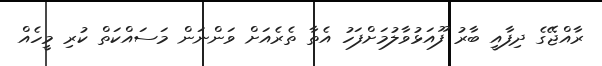
ރާއްޖޭގެ ދިފާއީ ބާރު ފޫއަޅުވާލުމަށްފަހު އެތާ ތެރެއަށް ވަންނަން މަސައްކަތް ކުރި މީހެއް